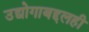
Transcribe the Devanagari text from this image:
उद्योगाबद्दलही